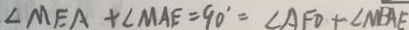
\angle M E A + \angle M A E = 9 0 ^ { \circ } = \angle A F D + \angle N B A E